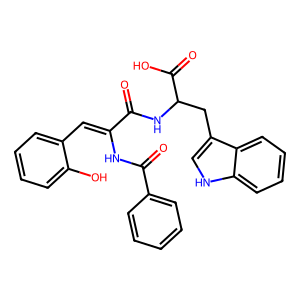
SMILES: O=C(NC(Cc1c[nH]c2ccccc12)C(=O)O)C(=Cc1ccccc1O)NC(=O)c1ccccc1
Inhibits HIV replication: No